画像に写った文字を読んでください
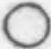
「○」と書いてあります